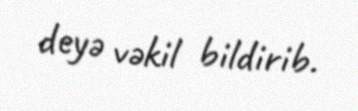
deyə vəkil bildirib.